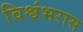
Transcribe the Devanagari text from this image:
विश्वंभरास